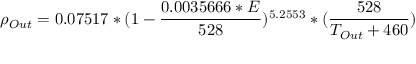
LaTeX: \rho _ { O u t } = 0 . 0 7 5 1 7 * ( 1 - { \frac { 0 . 0 0 3 5 6 6 6 * E } { 5 2 8 } } ) ^ { 5 . 2 5 5 3 } * ( { \frac { 5 2 8 } { T _ { O u t } + 4 6 0 } } ) \,